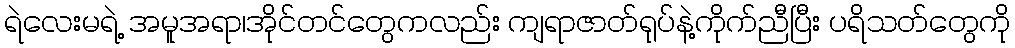
ရဲလေးမရဲ့ အမူအရာ၊အိုင်တင်တွေကလည်း ကျရာဇာတ်ရုပ်နဲ့ကိုက်ညီပြီး ပရိသတ်တွေကို